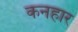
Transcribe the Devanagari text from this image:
कनहार